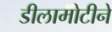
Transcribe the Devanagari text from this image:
डीलामोटीने